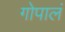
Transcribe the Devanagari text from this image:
गोपालं